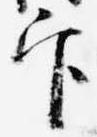
官